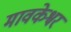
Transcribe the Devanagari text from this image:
मावकेश्वर